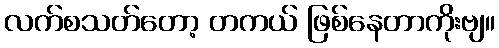
လက်စသတ်တော့ တကယ် ဖြစ်နေတာကိုးဗျ။